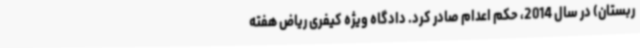
ربستان) در سال 2014، حکم اعدام صادر کرد. دادگاه ویژه کیفری ریاض هفته